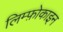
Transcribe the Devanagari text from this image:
लिम्फ़ोकाइन